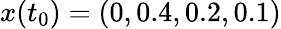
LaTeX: x(t_{0})=(0,0.4,0.2,0.1)